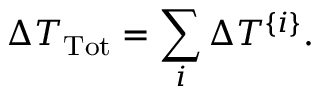
\Delta T _ { \mathrm { T o t } } = \sum _ { i } \Delta T ^ { \{ i \} } .